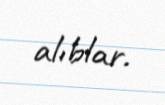
alıblar.